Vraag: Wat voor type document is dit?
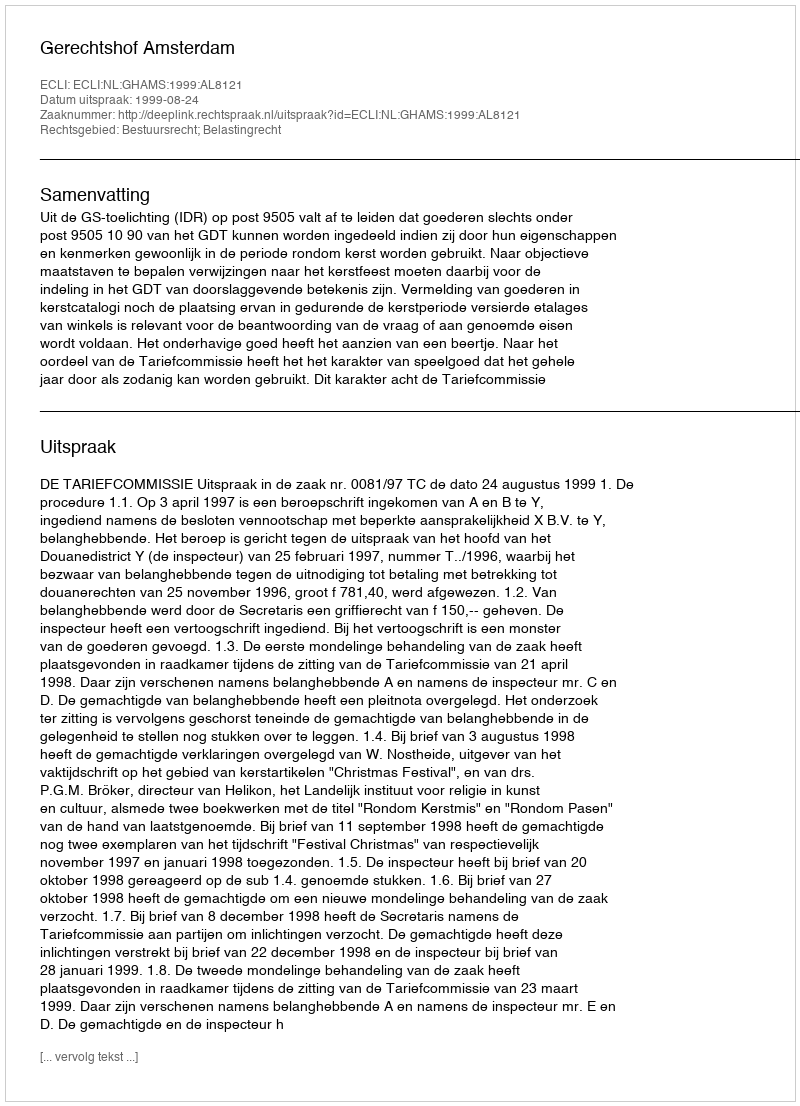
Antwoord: Uitspraak